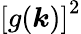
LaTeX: \left[g(\boldsymbol{k})\right]^{2}